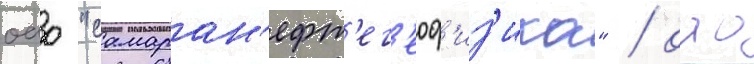
оао "самаран'ефт'ег'еоф'из'ика" / оао